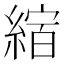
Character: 𦂨